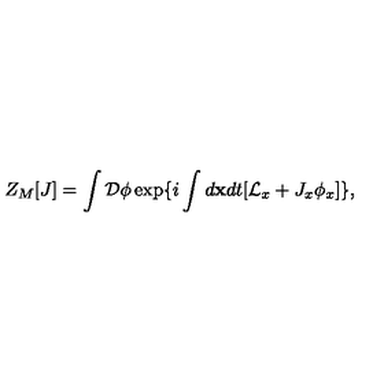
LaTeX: Z _ { M } [ J ] = \int { \cal D } \phi \exp \{ i \int d { \bf x } d t [ { \cal L } _ { x } + J _ { x } \phi _ { x } ] \} ,